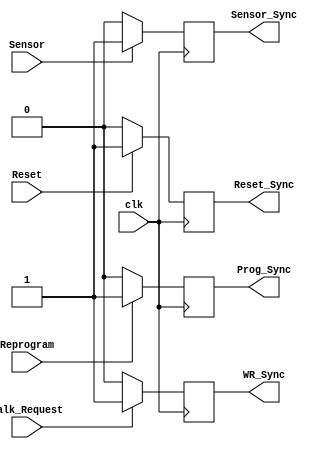
`timescale 1ns / 1ps
//`timescale 1us / 1ns
//////////////////////////////////////////////////////////////////////////////////
// Company: 
// Engineer: 
// 
// Design Name: 
// Module Name: Synchronizer
// Project Name: 
// Target Devices: 
// Tool Versions: 
// Description: 
// 
// Dependencies: 
// 
// Revision:
// Revision 0.01 - File Created
// Additional Comments:
// 
//////////////////////////////////////////////////////////////////////////////////


module Synchronizer(
    input Reset,
    input Sensor,
    input Walk_Request,
    input Reprogram,
	 input clk,
    output reg Prog_Sync,
    output reg WR_Sync,
    output reg Sensor_Sync,
    output reg Reset_Sync
    );
	always@(posedge clk) begin
	
	if(Reset) Reset_Sync = 1;
	else Reset_Sync = 0;
	
	if(Sensor) Sensor_Sync = 1;
	else Sensor_Sync = 0;
	
	if(Walk_Request) WR_Sync = 1;
	else WR_Sync = 0;
	
	if(Reprogram) Prog_Sync = 1;
	else Prog_Sync = 0;
	
	end

endmodule